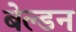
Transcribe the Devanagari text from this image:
बेल्डन